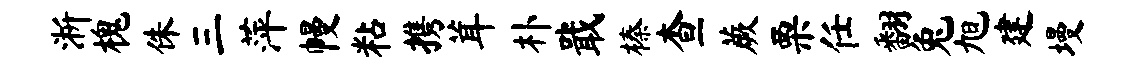
淅槐侏三萍幔粘携茸朴戢榛查蕨栗任翻兔旭建墁